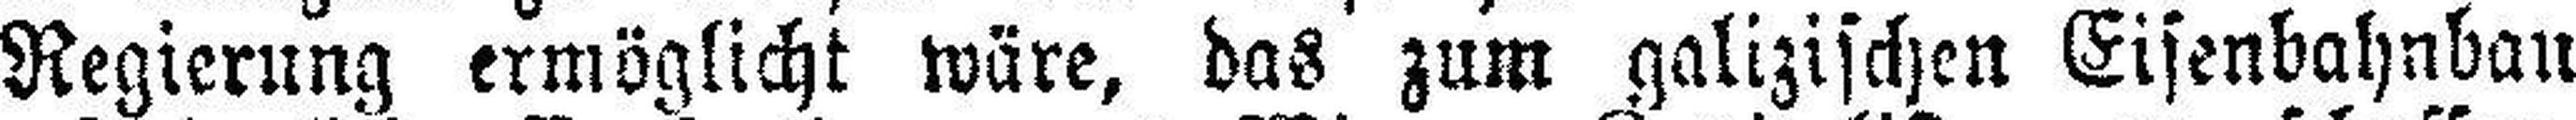
Regierung ermöglicht wäre, das zum galizischen Eisenbahnbau